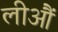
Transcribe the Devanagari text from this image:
लीऔं